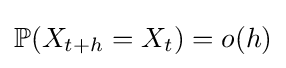
\mathbb {P} (X_{t+h}=X_{t})=o(h)